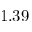
1 . 3 9